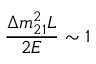
\frac { \Delta { m } _ { 2 1 } ^ { 2 } L } { 2 E } \sim 1